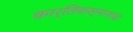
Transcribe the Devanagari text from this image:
कार्तिकस्नानाचे